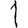
Digit: 1